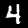
Digit: 4